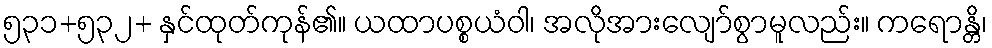
၅၃၁+၅၃၂+ နှင်ထုတ်ကုန်၏။ ယထာပစ္စယံဝါ၊ အလိုအားလျော်စွာမူလည်း။ ကရောန္တိ၊